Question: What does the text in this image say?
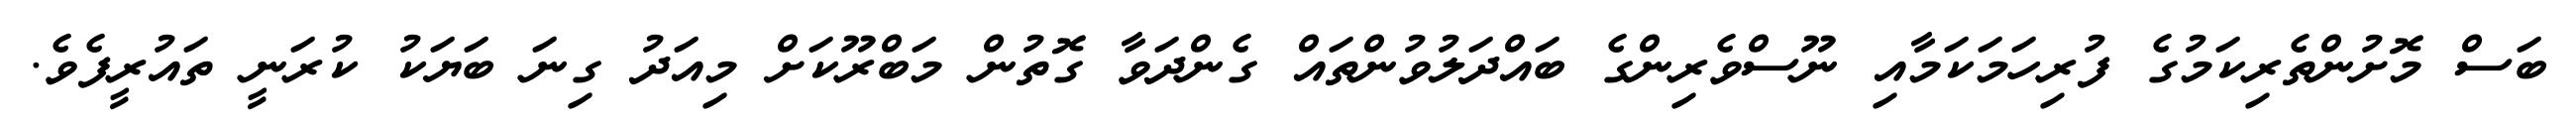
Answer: ބަސް މޮށުންތެރިކަމުގެ ފުރިހަމަކަމާއި ނޫސްވެރިންގެ ބައްދަލުވުންތައް ގެންދަވާ ގޮތުން މަބްރޫކަށް މިއަދު ގިނަ ބަޔަކު ކުރަނީ ތައުރީފެވެ.